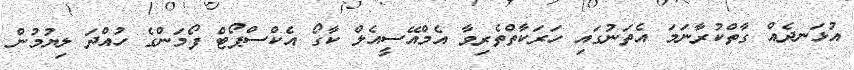
އުޅަނދެއް ގާތްކުރާނަމަ އެތަނުގައި ހަރަކާތްތެރިވާ އެމްއޭސީއެލް ކާގޯ އެކްސްޕޯޓް ފޯމަންގެ ހުއްދަ ލިޔުމުން